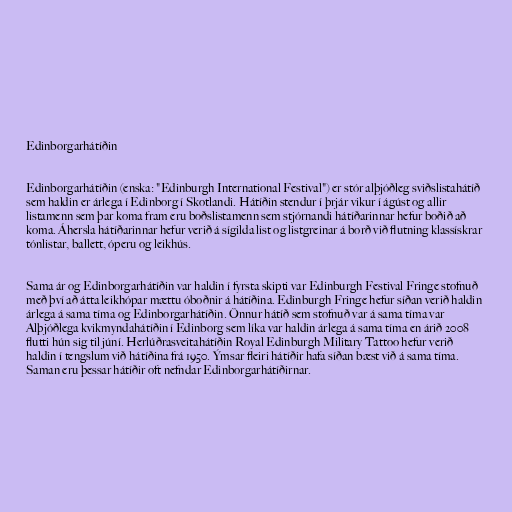
Edinborgarhátíðin

Edinborgarhátíðin (enska: "Edinburgh International Festival") er stór alþjóðleg sviðslistahátíð
sem haldin er árlega í Edinborg í Skotlandi. Hátíðin stendur í þrjár vikur í ágúst og allir
listamenn sem þar koma fram eru boðslistamenn sem stjórnandi hátíðarinnar hefur boðið að
koma. Áhersla hátíðarinnar hefur verið á sígilda list og listgreinar á borð við flutning klassískrar
tónlistar, ballett, óperu og leikhús.

Sama ár og Edinborgarhátíðin var haldin í fyrsta skipti var Edinburgh Festival Fringe stofnuð
með því að átta leikhópar mættu óboðnir á hátíðina. Edinburgh Fringe hefur síðan verið haldin
árlega á sama tíma og Edinborgarhátíðin. Önnur hátíð sem stofnuð var á sama tíma var
Alþjóðlega kvikmyndahátíðin í Edinborg sem líka var haldin árlega á sama tíma en árið 2008
flutti hún sig til júní. Herlúðrasveitahátíðin Royal Edinburgh Military Tattoo hefur verið
haldin í tengslum við hátíðina frá 1950. Ýmsar fleiri hátíðir hafa síðan bæst við á sama tíma.
Saman eru þessar hátíðir oft nefndar Edinborgarhátíðirnar.